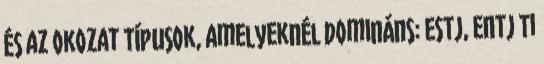
és az okozat Típusok, amelyeknél domináns: ESTJ, ENTJ Ti